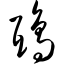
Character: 鸱